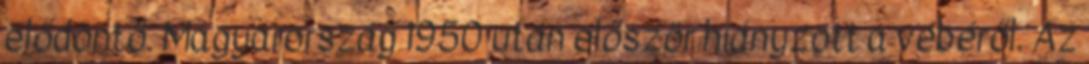
elődöntő. Magyarország 1950 után először hiányzott a vébéről. Az